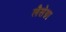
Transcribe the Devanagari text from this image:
लैसेग्ना